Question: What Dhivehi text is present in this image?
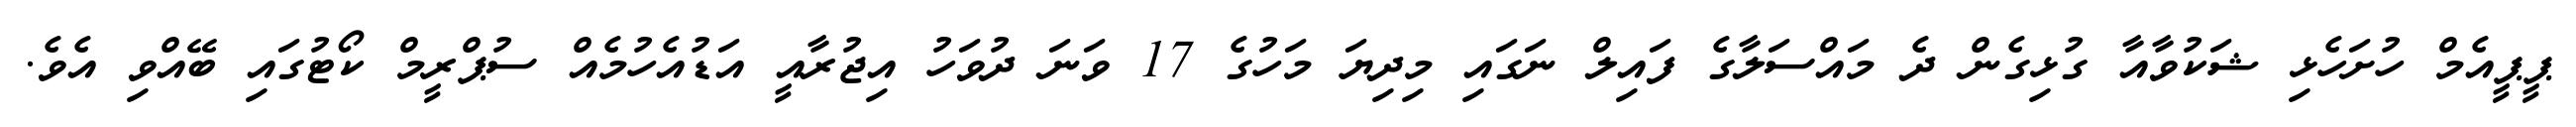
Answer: ޕީޕީއެމް ހުށަހެޅި ޝަކުވާއާ ގުޅިގެން ދެ މައްސަލާގެ ފައިލް ނަގައި މިދިޔަ މަހުގެ 17 ވަނަ ދުވަހު އިޖުރާއީ އަޑުއެހުމެއް ސުޕްރީމް ކޯޓުގައި ބޭއްވި އެވެ.